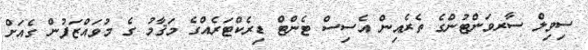
ސިވިލް ސާރވަންޓުންގެ ތެރެއިން އެސިސް ޓެންޓް ޑިރެކްޓަރެއްގެ މަޤާމު ގެ މުވައްޒަފުން ގެއަށް